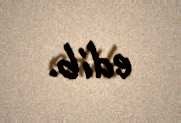
edib.